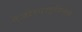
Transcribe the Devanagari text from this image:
ऐजोस्पाइरिलम